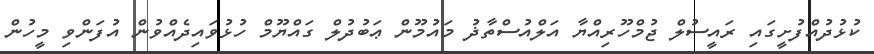
ކުޅުދުއްފުށީގައި ރައީސުލް ޖުމްހޫރިއްޔާ އަލްއުސްތާޛު މައުމޫން ޢަބުދުލް ގައްޔޫމް ހުޅުވައިދެއްވުން އުފަންވި މީހުން